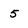
Character: 5